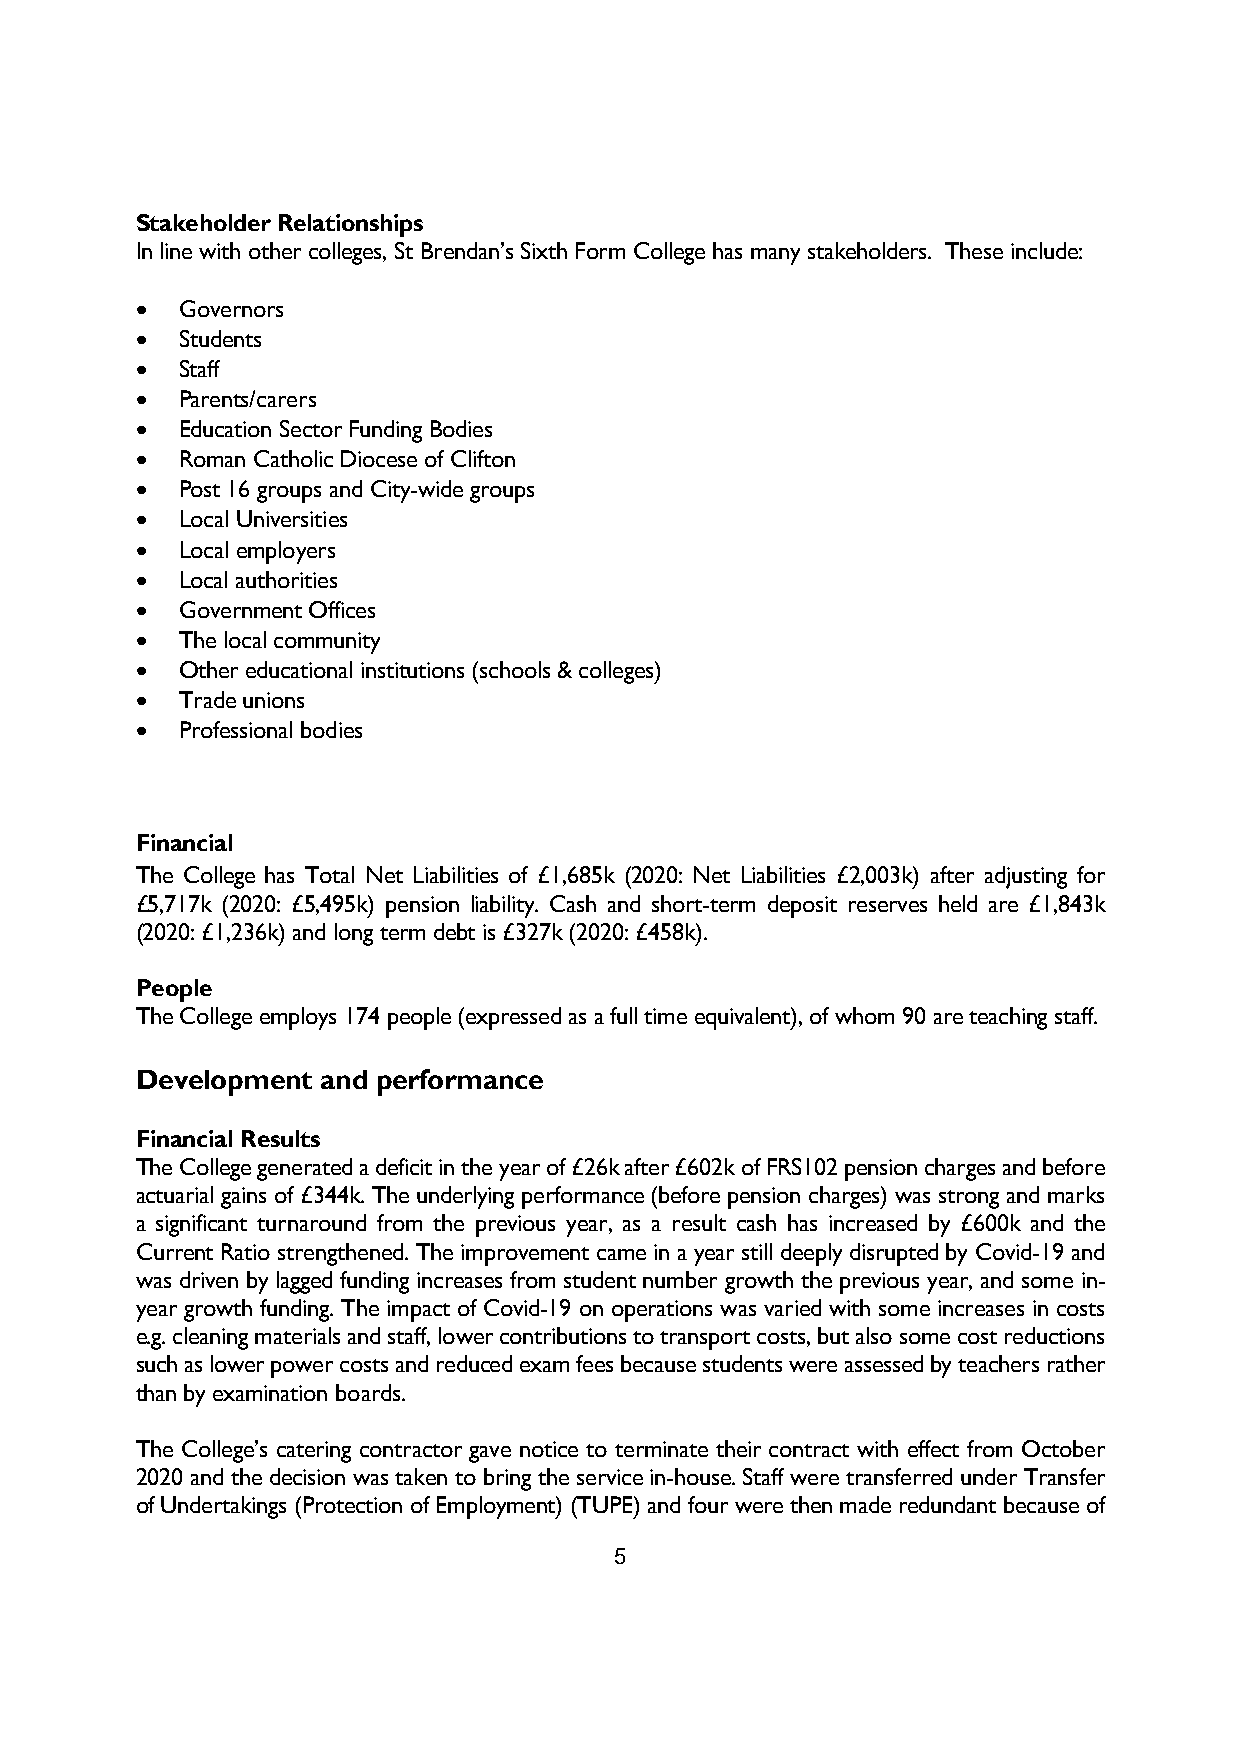
Stakeholder Relationships
 In line with other colleges, St Brendan’s Sixth Form College has many stakeholders. These include:
   Governors
   Students
   Staff
   Parents/carers
   Education Sector Funding Bodies
   Roman Catholic Diocese of Clifton
   Post 16 groups and City-wide groups
   Local Universities
   Local employers
   Local authorities
   Government Offices
   The local community
   Other educational institutions (schools & colleges)
   Trade unions
   Professional bodies
 Financial
 The College has Total Net Liabilities of £1,685k (2020: Net Liabilities £2,003k) after adjusting for
 £5,717k (2020: £5,495k) pension liability. Cash and short-term deposit reserves held are £1,843k
 (2020: £1,236k) and long term debt is £327k (2020: £458k).
 People
 The College employs 174 people (expressed as a full time equivalent), of whom 90 are teaching staff.
 Development and performance
 Financial Results
 The College generated a deficit in the year of £26k after £602k of FRS102 pension charges and before
 actuarial gains of £344k. The underlying performance (before pension charges) was strong and marks
 a significant turnaround from the previous year, as a result cash has increased by £600k and the
 Current Ratio strengthened. The improvement came in a year still deeply disrupted by Covid-19 and
 was driven by lagged funding increases from student number growth the previous year, and some in-
 year growth funding. The impact of Covid-19 on operations was varied with some increases in costs
 e.g. cleaning materials and staff, lower contributions to transport costs, but also some cost reductions
 such as lower power costs and reduced exam fees because students were assessed by teachers rather
 than by examination boards.
 The College’s catering contractor gave notice to terminate their contract with effect from October
 2020 and the decision was taken to bring the service in-house. Staff were transferred under Transfer
 of Undertakings (Protection of Employment) (TUPE) and four were then made redundant because of
 5